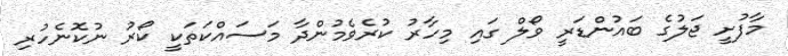
މާފުށީ ޖަލުގެ ބައުންޑަރީ ވޯލް ގައި މިހާރު ކުރެވެމުންދާ މަސައްކަތަކީ ކޯރު ނުކޮނެހުރި